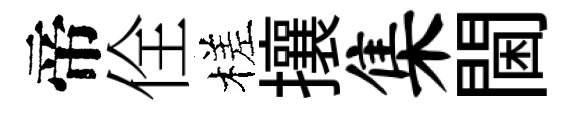
帝佺槎攘集閫